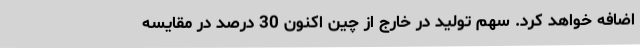
اضافه خواهد کرد. سهم تولید در خارج از چین اکنون 30 درصد در مقایسه